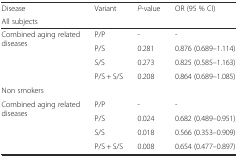
<table><thead><tr><td><b>Disease</b></td><td rowspan="2"><b>Variant</b></td><td rowspan="2"><b><i>P</i>-value</b></td><td rowspan="2"><b>OR (95 % CI)</b></td></tr><tr><td><b>All subjects</b></td></tr></thead><tbody><tr><td rowspan="4">Combined aging related diseases</td><td>P/P</td><td>-</td><td>-</td></tr><tr><td>P/S</td><td>0.281</td><td>0.876 (0.689–1.114)</td></tr><tr><td>S/S</td><td>0.273</td><td>0.825 (0.585–1.163)</td></tr><tr><td>P/S + S/S</td><td>0.208</td><td>0.864 (0.689–1.085)</td></tr><tr><td>Non smokers</td><td></td><td></td><td></td></tr><tr><td rowspan="4">Combined aging related diseases</td><td>P/P</td><td>-</td><td>-</td></tr><tr><td>P/S</td><td>0.024</td><td>0.682 (0.489–0.951)</td></tr><tr><td>S/S</td><td>0.018</td><td>0.566 (0.353–0.909)</td></tr><tr><td>P/S + S/S</td><td>0.008</td><td>0.654 (0.477–0.897)</td></tr></tbody></table>